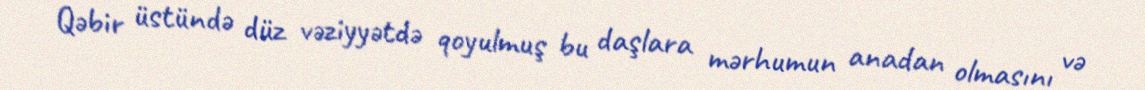
Qəbir üstündə düz vəziyyətdə qoyulmuş bu daşlara mərhumun anadan olmasını və